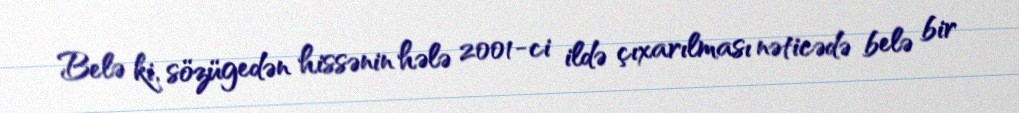
Belə ki, sözügedən hissənin hələ 2001-ci ildə çıxarılması nəticədə belə bir